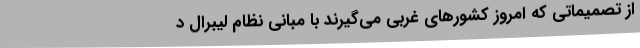
از تصمیماتی که امروز کشورهای غربی می‌گیرند با مبانی نظام لیبرال د